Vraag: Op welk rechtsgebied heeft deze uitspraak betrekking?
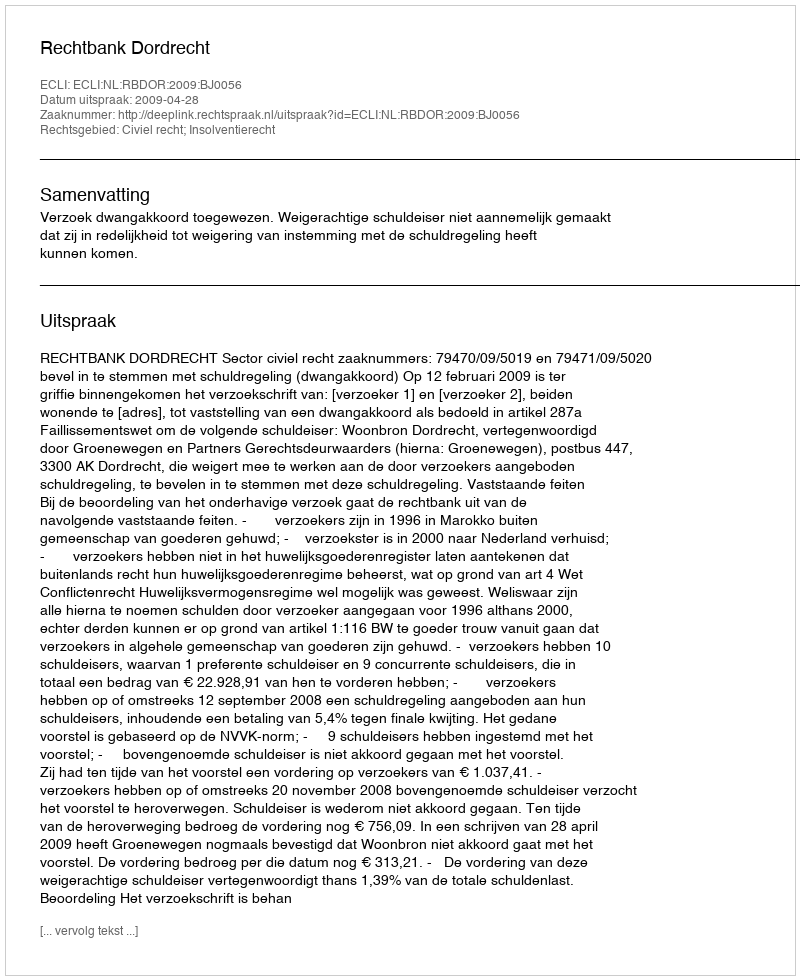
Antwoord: Civiel recht; Insolventierecht